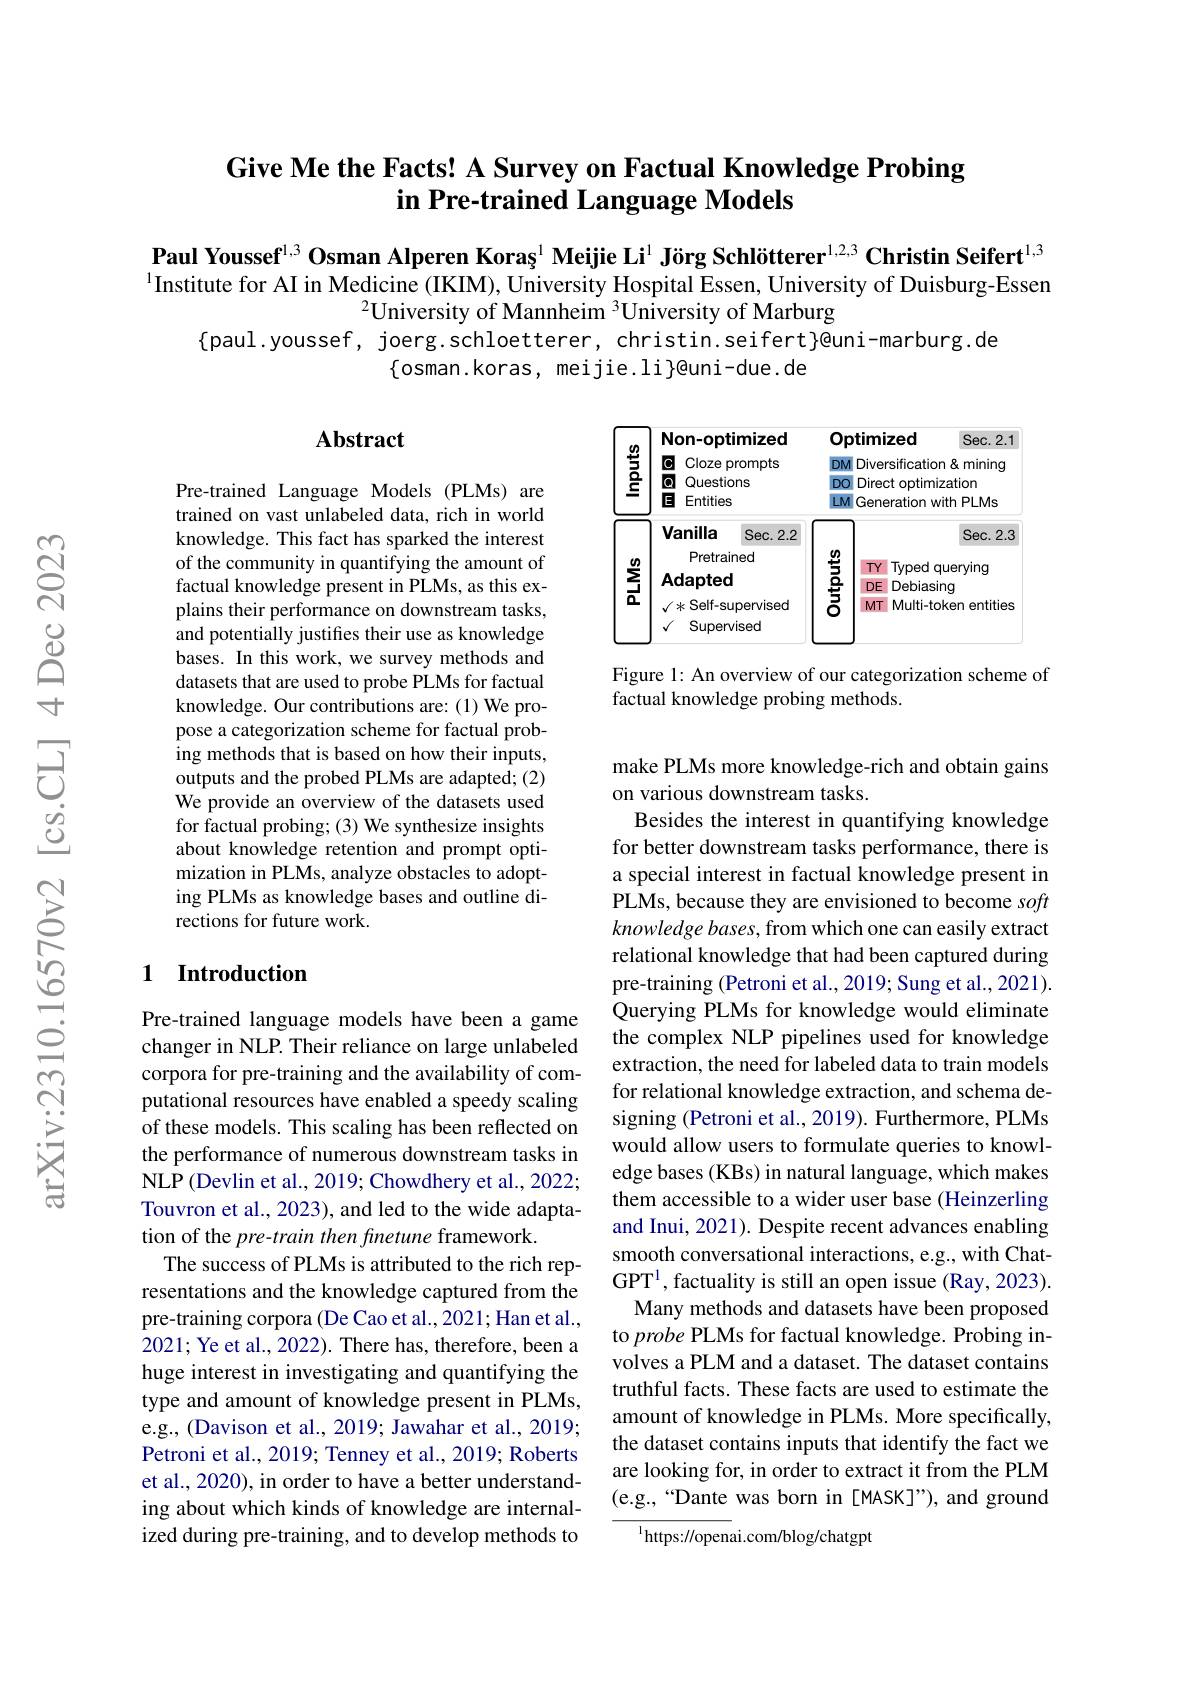
# Give Me the Facts! A Survey on Factual Knowledge Probing in Pre-trained Language Models

Paul Youssef$^{1,3}\textbf{Osman Alperen Koraș}^{1}$ Meijie Li$^{1}$ Jörg Schlötterer$^{1,2,3}\textbf{Christin Seifert}^{1,3}$ $^{1}$Institute for AI in Medicine (IKIM), University Hospital Essen, University of Duisburg-Essen
$^{2}$University of Mannheim $^3$University of Marburg
$\{$paul.youssef, joerg.schloetterer, christin.seifert}90{}ni-marburg.de
$\{$osman.koras, meijie.li$\}$@uni-due.de

## Abstract

<FigureHere>

Figure 1: An overview of our categorization scheme of
factual knowledge probing methods.

Pre-trained Language Models (PLMs) are trained on vast unlabeled data, rich in world knowledge. This fact has sparked the interest of the community in quantifying the amount of factual knowledge present in PLMs, as this explains their performance on downstream tasks, and potentially justifies their use as knowledge bases. In this work, we survey methods and datasets that are used to probe PLMs for factual knowledge. Our contributions are: (1) We propose a categorization scheme for factual probing methods that is based on how their inputs, outputs and the probed PLMs are adapted; (2) We provide an overview of the datasets used for factual probing; (3) We synthesize insights about knowledge retention and prompt optimization in PLMs, analyze obstacles to adopting PLMs as knowledge bases and outline directions for future work.

### 1 Introduction

make PLMs more knowledge-rich and obtain gains
on various downstream tasks.
Besides the interest in quantifying knowledge for better downstream tasks performance, there is a special interest in factual knowledge present in PLMs, because they are envisioned to become soft knowledge bases, from which one can easily extract relational knowledge that had been captured during pre-training (Petroni et al., 2019; Sung et al., 2021). Querying PLMs for knowledge would eliminate the complex NLP pipelines used for knowledge extraction, the need for labeled data to train models for relational knowledge extraction, and schema designing (Petroni et al., 2019). Furthermore, PLMs would allow users to formulate queries to knowledge bases (KBs) in natural language, which makes them accessible to a wider user base (Heinzerling and Inui, 2021). Despite recent advances enabling smooth conversational interactions, e.g., with ChatGPT$^1$,factuality is still an open issue (Ray, 2023).
Many methods and datasets have been proposed to probe PLMs for factual knowledge. Probing involves a PLM and a dataset. The dataset contains truthful facts. These facts are used to estimate the amount of knowledge in PLMs. More specifically, the dataset contains inputs that identify the fact we are looking for, in order to extract it from the PLM (e.g.,“Dante was born in[MASK]”), and ground
$^{1}$https://openai.com/blog/chatgpt

Pre-trained language models have been a game changer in NLP. Their reliance on large unlabeled corpora for pre-training and the availability of computational resources have enabled a speedy scaling of these models. This scaling has been reflected on the performance of numerous downstream tasks in NLP (Devlin et al., 2019; Chowdhery et al., 2022; Touvron et al., 2023), and led to the wide adaptation of the pre-train then finetune framework.
The success of PLMs is attributed to the rich representations and the knowledge captured from the pre-training corpora (De Cao et al., 2021; Han et al., 2021; Ye et al., 2022). There has, therefore, been a huge interest in investigating and quantifying the type and amount of knowledge present in PLMs, e.g., (Davison et al., 2019; Jawahar et al., 2019; Petroni et al., 2019; Tenney et al., 2019; Roberts et al., 2020), in order to have a better understanding about which kinds of knowledge are internalized during pre-training, and to develop methods to